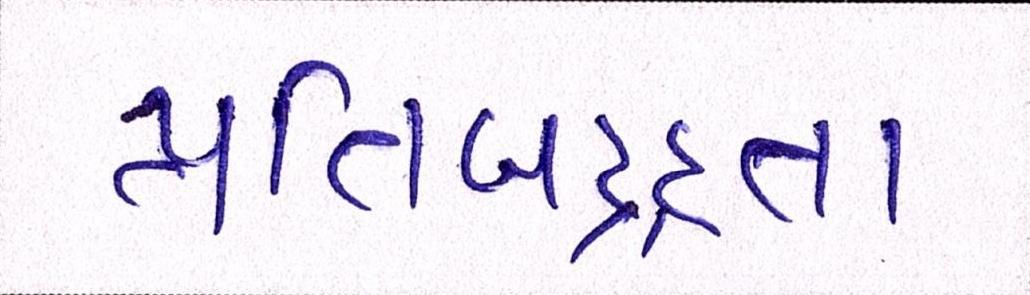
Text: પ્રતિબદ્ધતા